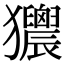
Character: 𤣜